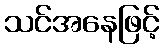
သင်အနေဖြင့်